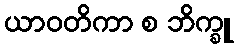
ယာဝတိကာ စ ဘိက္ခူ